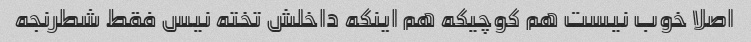
اصلا خوب نیست هم کوچیکه هم اینکه داخلش تخته نیس فقط شطرنجه